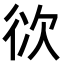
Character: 𭛨